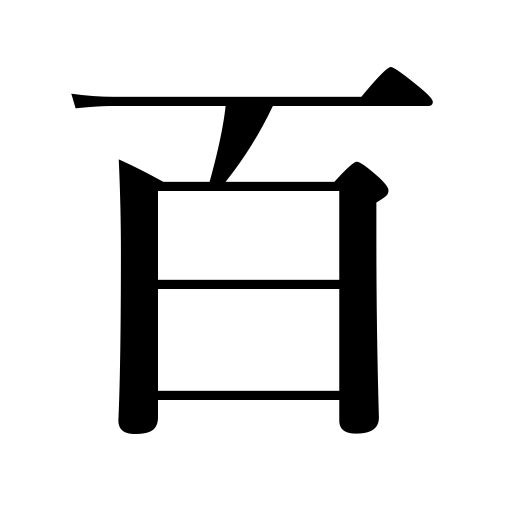
Meanings: a great number,all,hundred